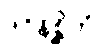
ဒုဝိနိစ္ဆိတံ